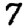
Digit: 7